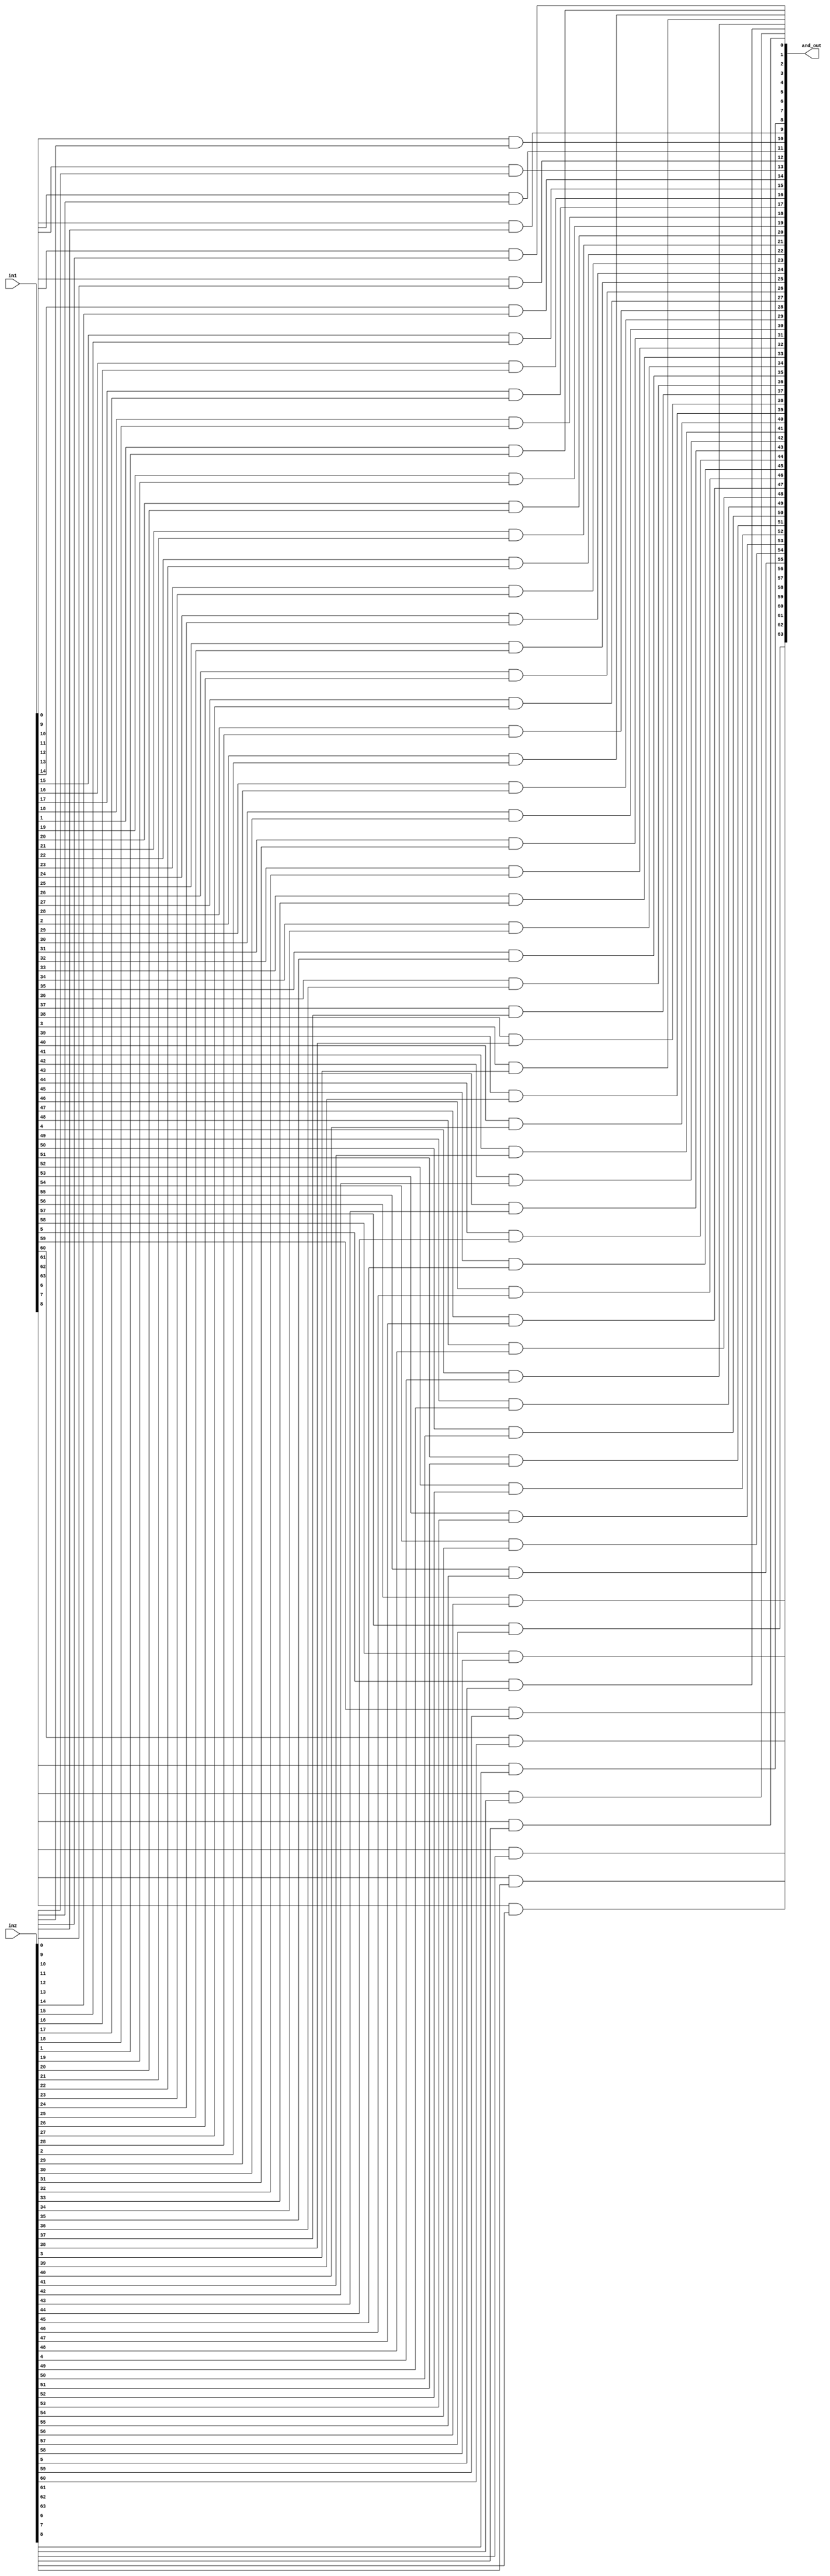
module alu_and_64 (in1, in2, and_out);
input signed [63:0] in1, in2;
output signed [63:0] and_out;
genvar i;
generate
    for(i=0;i<64;i=i+1)
    begin
        and(and_out[i], in1[i], in2[i]);
    end
endgenerate    
endmodule